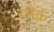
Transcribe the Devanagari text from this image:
स्लैंक